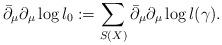
LaTeX: \begin{align*} \bar \partial_\mu \partial_\mu \log l_0 := \sum_{S(X)} \bar \partial_\mu \partial_\mu \log l(\gamma).\end{align*}